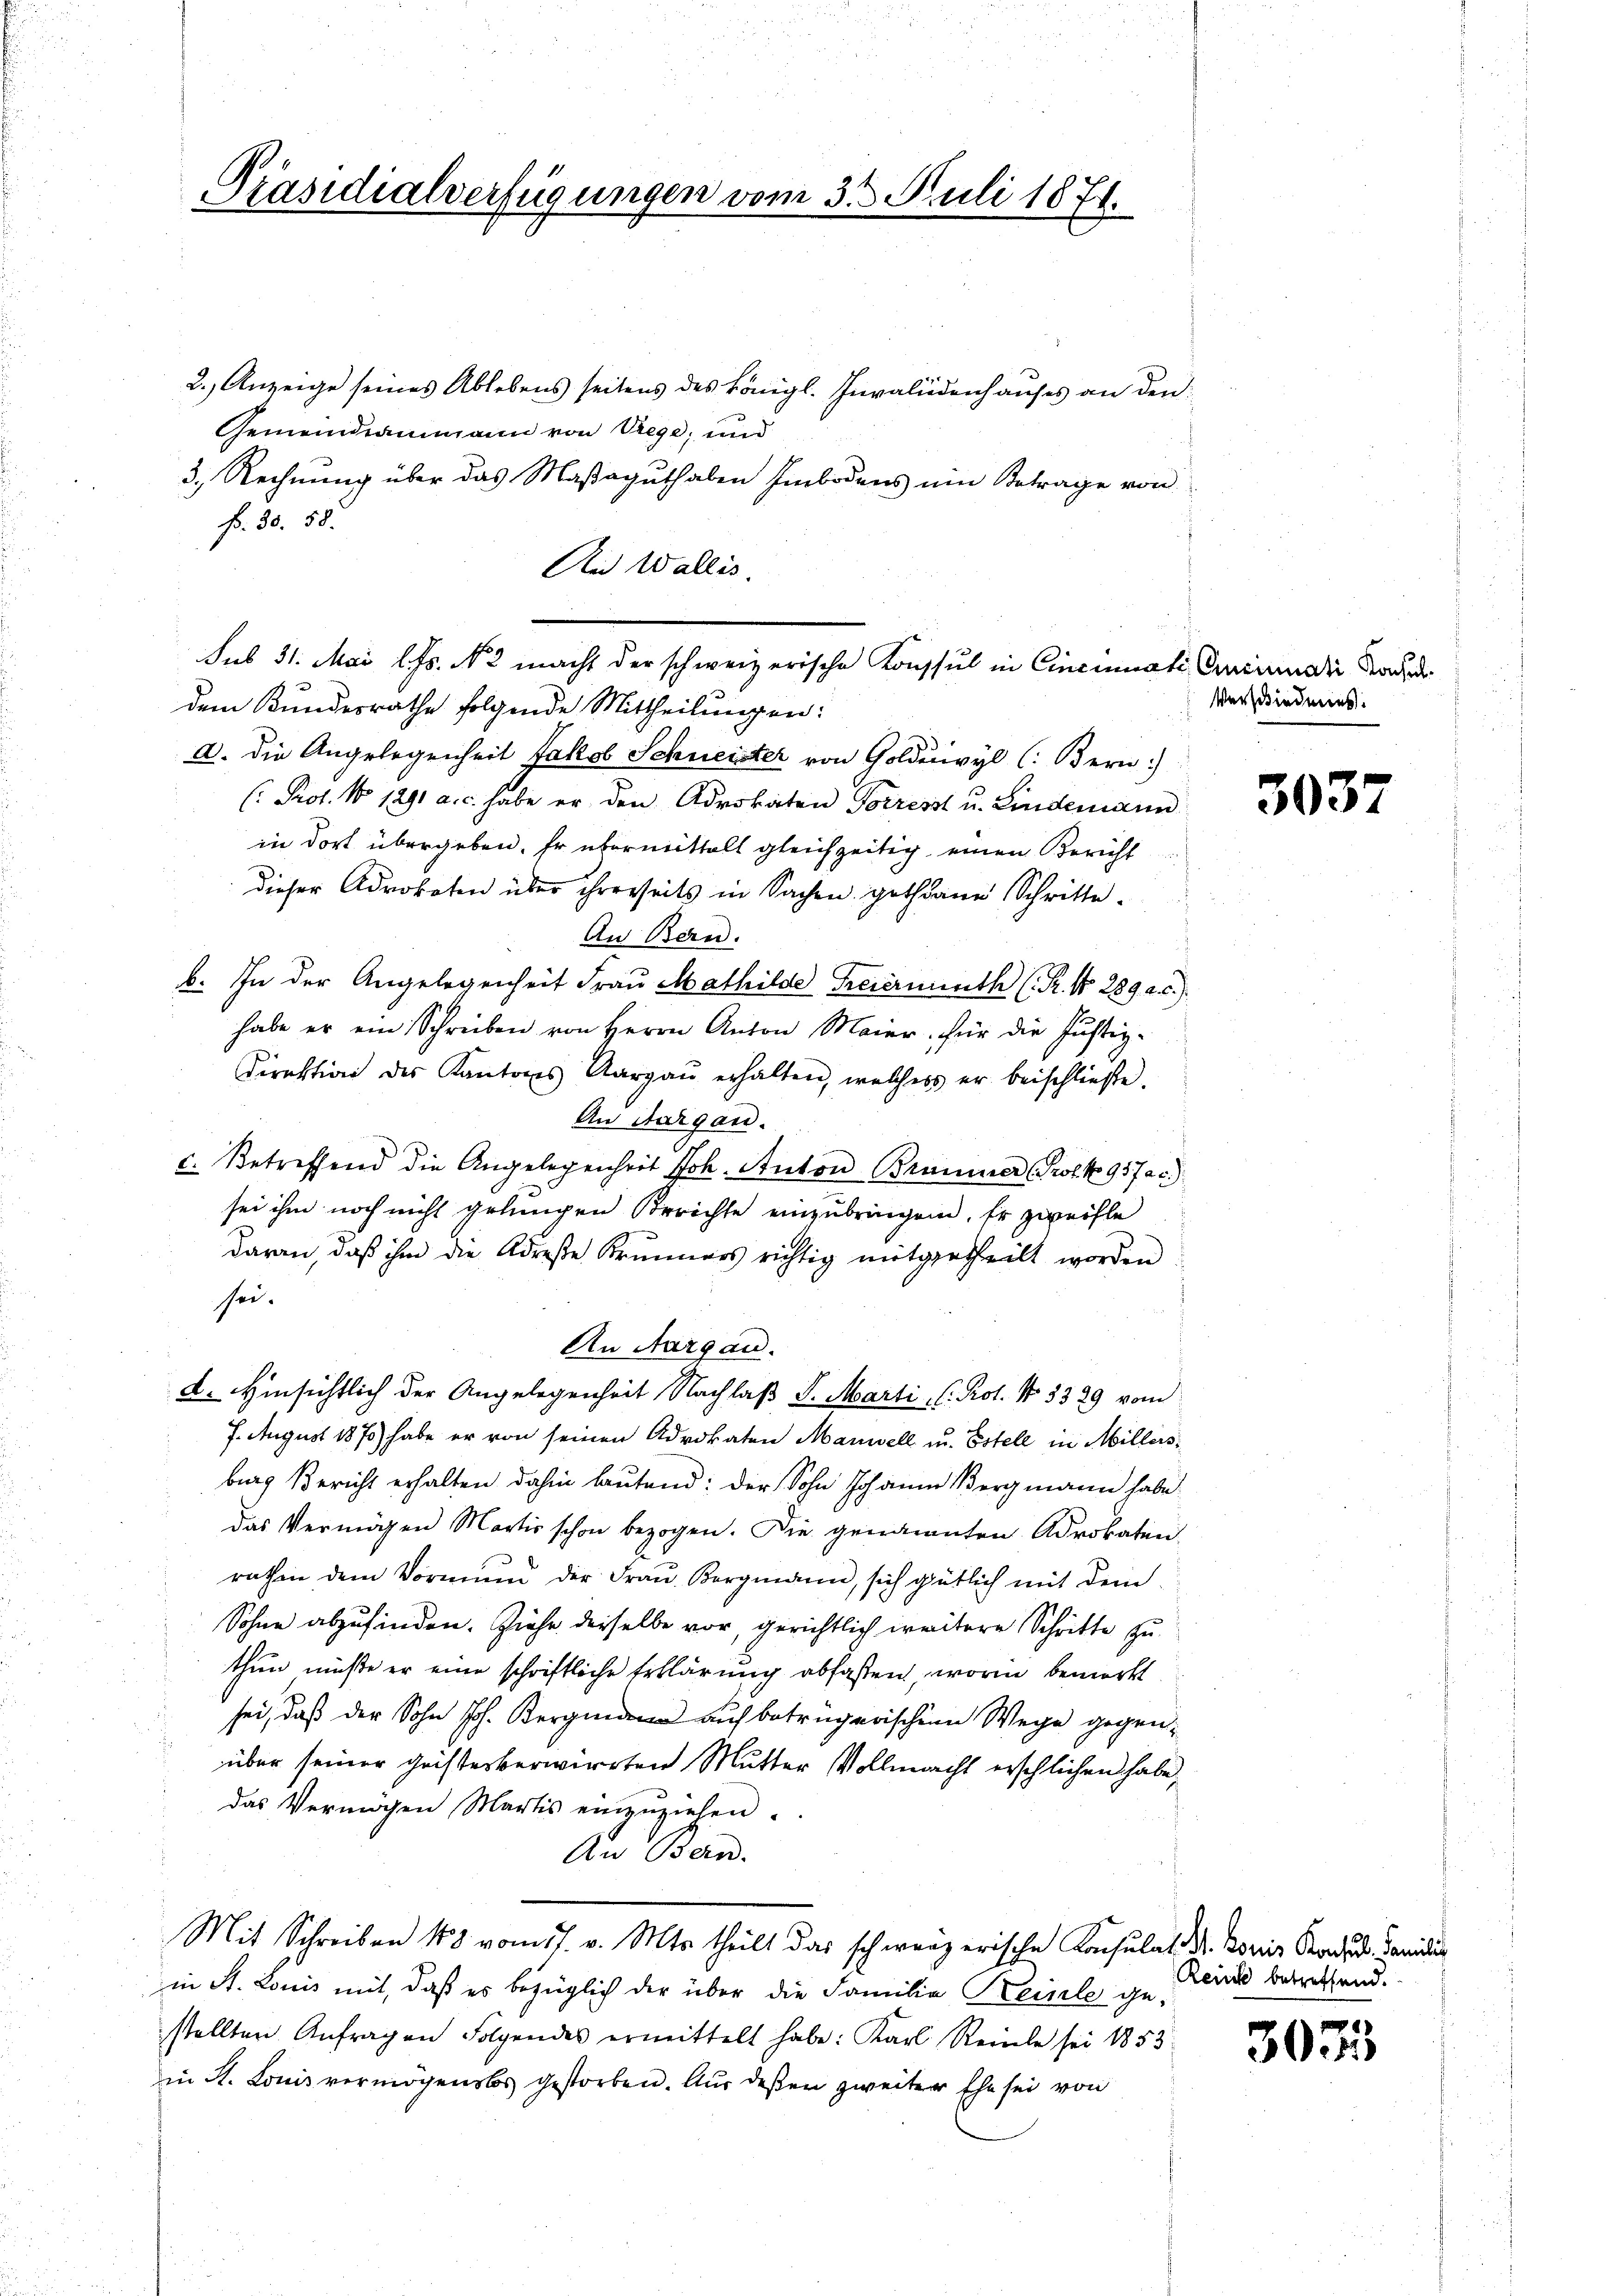
Präsidialverfügungen vom 31. Juli 1871.

2.) Anzeige seines Ablebens seitens des königl. Invalidenhauses an den
Gemeindeammann von rege, und
3. Rechnung über das Maßaguthaben Embodens ein Betrage von
f. 30. 58.
Ai Wallis.
dem Bundesrathe folgende Mittheilungen:
A. die Angelegenheit Jakob Schneister von Goldiwyl (Bern)
Prot. No 1291 a.c. habe er den Advokaten Forresst u. Lindemann
in dort übergeben. Er übermittelt gleichzeitig einen Bericht
dieser Advokaten über ihrerseits in Sachen gethane Schritte
An Bern.
b. In der Angelegenheit Frau Mathilde Freierminth (Pr. No 289. a. c.)
habe er ein Schreiben von Herrn Anton Maier für die Justiz-
Direktion des Kantons Aargaŭ erhalten, welches er beischließe.
An Aargau.
c. Betreffend die Angelegenheit Joh. Auton Brammer (Prof. No 957ac)
sei ihm noch nicht gelungen Berichte einzubringen. Er zweifle
daran, daß ihm die Adrese Brunners richtig mitgetheilt worden
sei.
An Aargau.
d. Hinsichtlich der Angelegenheit Nachlaß S. Marti, C. Prot. No. 5329 vom
7. August 1875) habe er von seinen Advokaten Maniell u. Estell in Millersburg Bericht erhalten dahin lautend: der Sohn Johann Bergmann habe
das Vermögen Martis schon bezogen. Die genannten Advokaten
rathen dem Vormund der Frau Bergmann, sich gütlich mit dem
Sohne abzufinden. Ziehe dieselbe vor gerichtlich weitere Schritte zu
thun müßte er eine schriftliche Erklärung abfaßen, worin bemerkt
sei, daß der Sohn Joh. Kern auf betrügerischen Wege gegenüber seiner geistesverwirrten Mutter Vollmacht erschlichen habe,
das Vermögen Martis einzuziehen.
An Bern.
Mit Schreiben 188 vom 17. v. Mts. theilt das schweizerische Konsulat Dr. Boris Kandid. Fanidis
in St. Louis mit, daß es bezüglich der über die Familie Keimele ge-
stellten Anfragen Folgendes ermittelt habe: Karl Reine sei 1853
in A. Louis vermögenslos gestorben. Aus deßen zweiter Ehe sei von

sub 31. Mai l. Js. N. 3 macht der schweizerische Konsul in Cincinati Crucidii Sadd

Verschiedmies.

3037

Reise betreffend.

3075